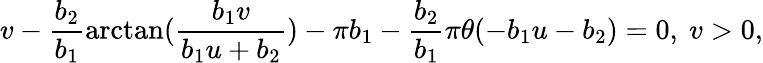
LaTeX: v-\frac{b_{2}}{b_{1}}\arctan(\frac{b_{1}v}{b_{1}u+b_{2}})-\pi b_{1}-\frac{b_{2}}{b_{1}}\pi\theta(-b_{1}u-b_{2})=0,\ v>0,